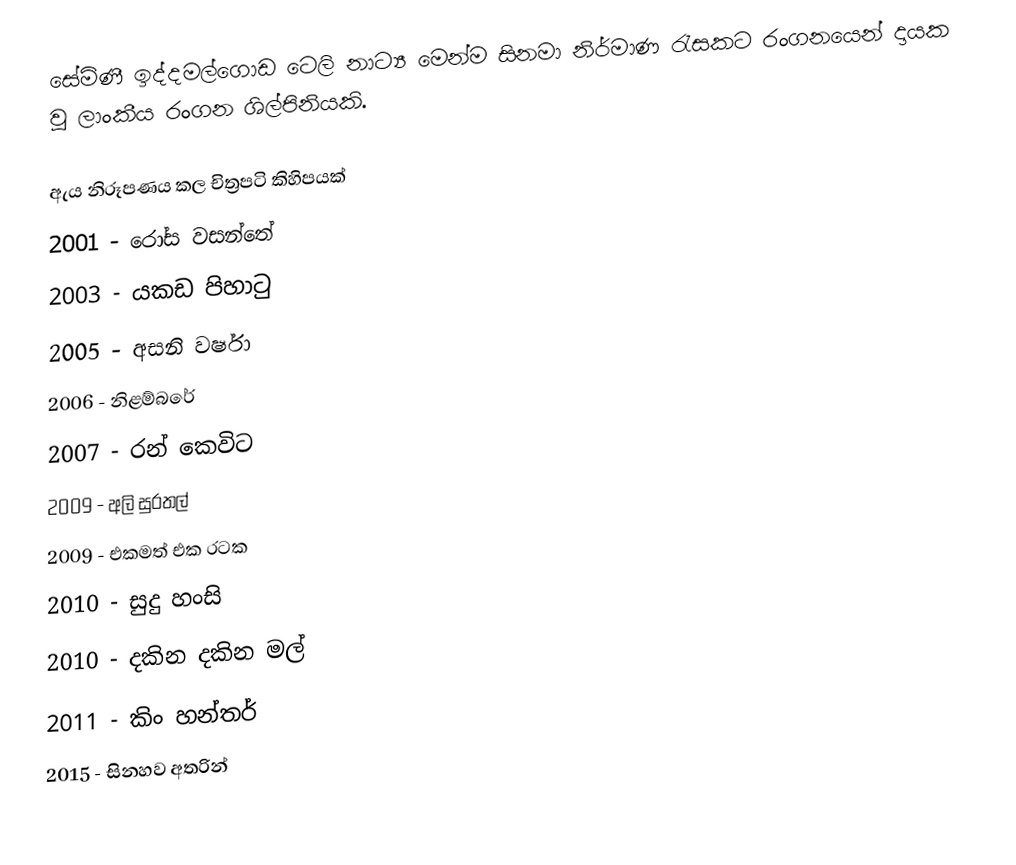
සේමිණී ඉද්දමල්ගොඩ ටෙලි නාට්‍ය මෙන්ම සිනමා නිර්මාණ රැසකට රංගනයෙන් දායක වූ ලාංකීය රංගන ශිල්පිනියකි.

ඇය නිරූපණය කල චිත්‍රපටි කිහිපයක්
2001 - රෝස වසන්තේ
2003 - යකඩ පිහාටු
2005 - අසනි වර්ෂා
2006 - නිළම්බරේ
2007 - රන් කෙවිට
2009 - අලි සුරතල්
2009 - එකමත් එක රටක
2010 - සුදු හංසි
2010 - දකින දකින මල්
2011 - කිං හන්තර්
2015 - සිනහව අතරින්